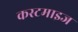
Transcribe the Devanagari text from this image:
कस्टमाइज